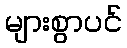
များစွာပင်